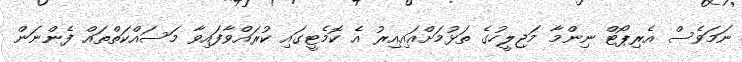
ނަމަވެސް އެރިޕޯޓް ނިންމާ މަޖިލީހުގެ ތަޅުމަށްއައިއިރު އެ ކޮމެޓީގައި ކުރައްވާފައިވާ މަސައްކަތްތައް ފެންނަން